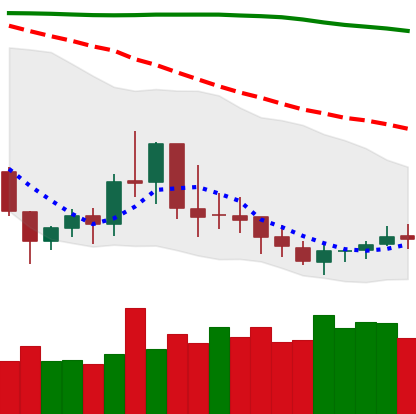
Ticker: DOGE-USD
Chart end date: 2019-09-16
Forward return: 5.336%
Label: up_5_7